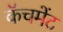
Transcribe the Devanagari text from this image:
कॅचमेंट